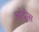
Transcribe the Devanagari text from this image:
चांदीस